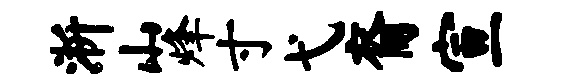
淅山烽寸弋裔宣